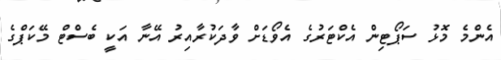
އެންމެ މޮޅު ސަޕޯޓިން އެކްޓަރުގެ އެވޯޑަށް ވާދަކުރާއިރު އޭނާ އަކީ ބެސްޓް މޭކަޕްގެ